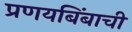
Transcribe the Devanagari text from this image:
प्रणयबिंबाची